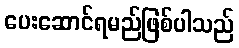
ပေးဆောင်ရမည်ဖြစ်ပါသည်